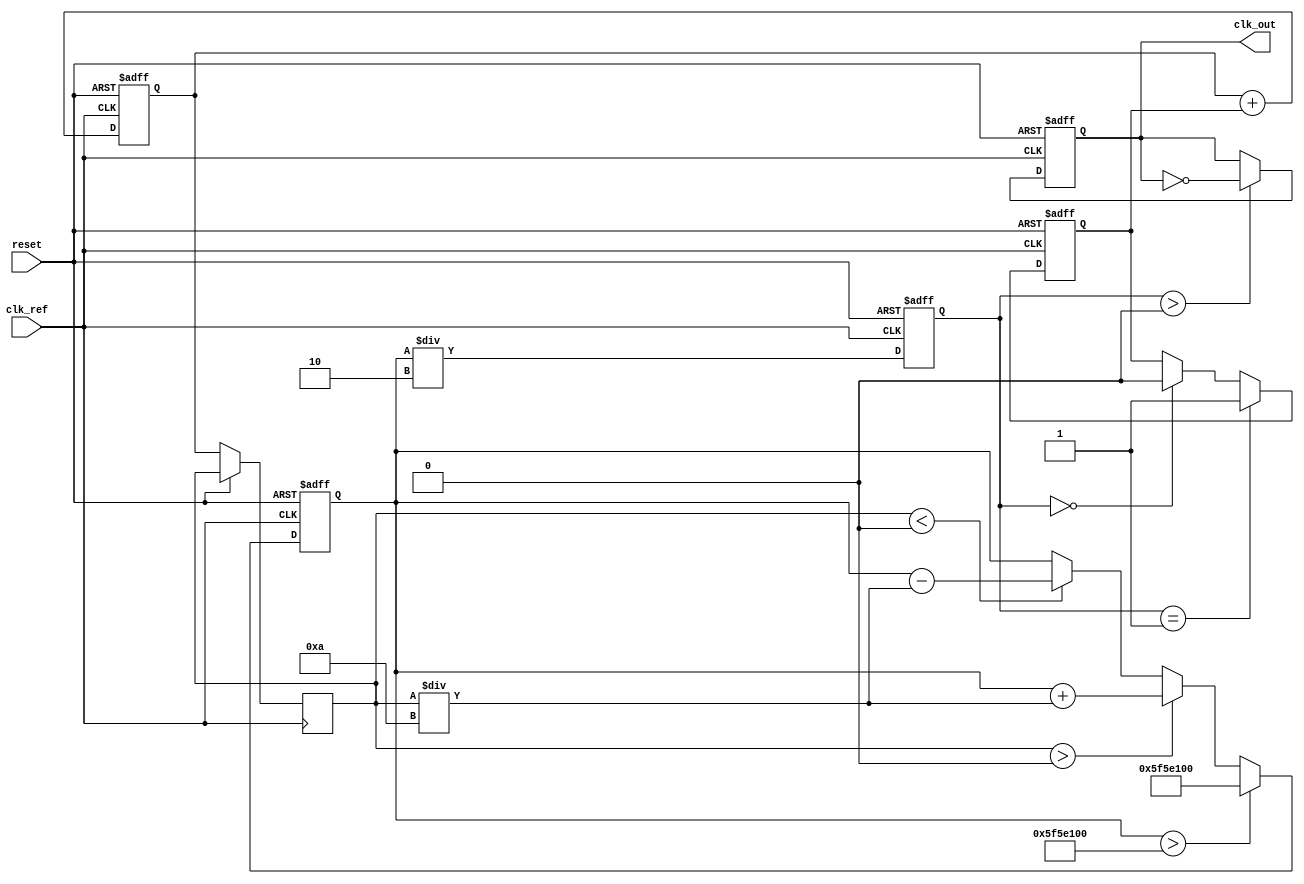
module parameterized_PLL #(
    parameter REF_FREQ = 50_000_000, // Reference frequency in Hz
    parameter MULT_FACTOR = 4,        // Multiplication factor
    parameter DIV_FACTOR = 2,         // Division factor
    parameter FILTER_TYPE = 1,        // 1: first-order, 2: second-order
    parameter VCO_RANGE = 100_000_000 // VCO frequency range in Hz
)(
    input wire clk_ref,                // Reference clock input
    input wire reset,                  // Asynchronous reset
    output reg clk_out                 // Output clock
);

    // Internal signals
    reg [31:0] vco_freq;               // VCO frequency
    reg [31:0] feedback_div;           // Feedback divider output
    reg error_signal;                  // Error signal from phase detector
    reg [31:0] control_voltage;        // Control voltage for VCO
    reg [31:0] loop_filter_output;     // Output of the loop filter

    // Phase Detector (PD)
    always @(posedge clk_ref or posedge reset) begin
        if (reset) begin
            error_signal <= 0;
        end else begin
            // Simple phase detector logic
            // Compare reference clock with feedback clock
            if (feedback_div == 1) begin
                error_signal <= 1; // VCO needs to speed up
            end else if (feedback_div == 0) begin
                error_signal <= 0; // VCO needs to slow down
            end
        end
    end

    // Loop Filter
    always @(posedge clk_ref or posedge reset) begin
        if (reset) begin
            loop_filter_output <= 0;
        end else begin
            // Simple first-order filter
            if (FILTER_TYPE == 1) begin
                loop_filter_output <= loop_filter_output + error_signal;
            end else if (FILTER_TYPE == 2) begin
                // Implement second-order filter logic here if needed
            end
            control_voltage <= loop_filter_output; // Update control voltage
        end
    end

    // Voltage-Controlled Oscillator (VCO)
    always @(posedge clk_ref or posedge reset) begin
        if (reset) begin
            vco_freq <= REF_FREQ * MULT_FACTOR; // Initialize VCO frequency
        end else begin
            // Adjust VCO frequency based on control voltage
            if (control_voltage > 0) begin
                vco_freq <= vco_freq + (control_voltage / 10); // Increase frequency
            end else if (control_voltage < 0) begin
                vco_freq <= vco_freq - (control_voltage / 10); // Decrease frequency
            end
            
            // Ensure VCO frequency is within range
            if (vco_freq > VCO_RANGE) begin
                vco_freq <= VCO_RANGE;
            end
        end
    end

    // Divider
    always @(posedge clk_ref or posedge reset) begin
        if (reset) begin
            feedback_div <= 0;
            clk_out <= 0;
        end else begin
            // Simple divider logic
            feedback_div <= vco_freq / DIV_FACTOR;
            // Generate output clock based on feedback_div
            if (feedback_div > 0) begin
                clk_out <= ~clk_out; // Toggle output clock
            end
        end
    end

endmodule